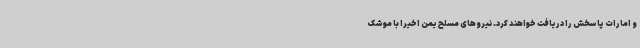
و امارات پاسخش را دریافت خواهند کرد. نیروهای مسلح یمن اخیرا با موشک